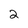
Character: 2